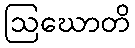
ဩဃောတိ